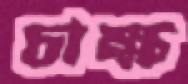
চাক্ষ